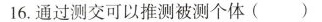
16.通过测交可以推测被测个体()